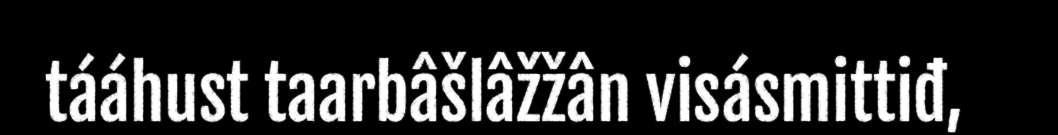
tááhust taarbâšlâžžân visásmittiđ,